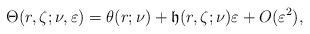
LaTeX: \begin{align*}\Theta(r,\zeta;\nu,\varepsilon)=\theta(r;\nu)+\mathfrak{h}(r,\zeta;\nu)\varepsilon+O(\varepsilon^2), \end{align*}